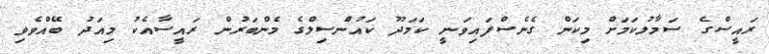
ރައީސްގެ ސަމާލުކަމަށް މިކަން ގެނެސްފައިވަނީ ކަމަދޫ ކައުންސިލްގެ މެންބަރުން ރައީސާއެކު މިއަދު ބޭއްވެވި